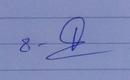
Signature authenticity: genuine